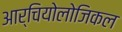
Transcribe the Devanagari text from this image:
आर्चियोलोजिकल